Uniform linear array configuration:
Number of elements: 4
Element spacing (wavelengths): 1
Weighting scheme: hamming
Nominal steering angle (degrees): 15
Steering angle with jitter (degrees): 13.146
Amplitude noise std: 0.05
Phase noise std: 0.05

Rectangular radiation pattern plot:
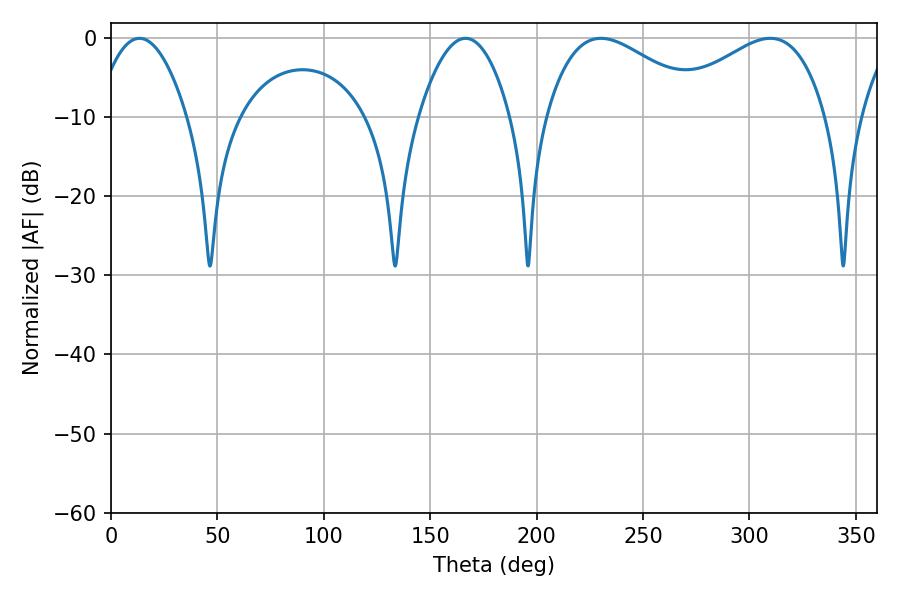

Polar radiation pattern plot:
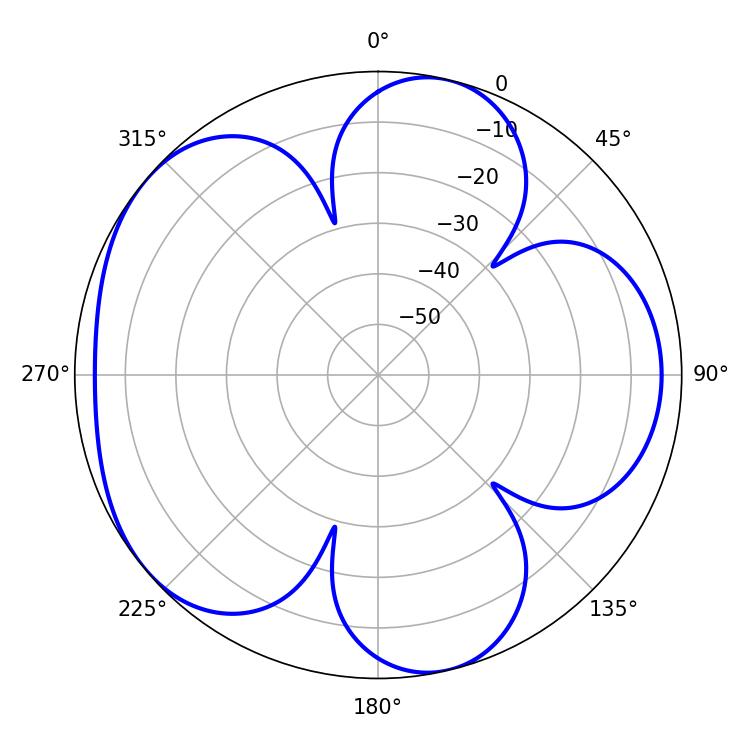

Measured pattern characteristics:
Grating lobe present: TRUE
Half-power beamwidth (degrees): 41.22
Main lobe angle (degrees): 230.22